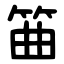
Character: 筁